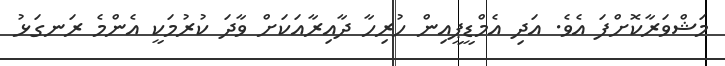
މަޝްވަރާކޮށްފަ އެވެ. އަދި އެމްޑީޕީއިން ހުރިހާ ދާއިރާއަކަށް ވާދަ ކުރުމަކީ އެންމެ ރަނގަޅު